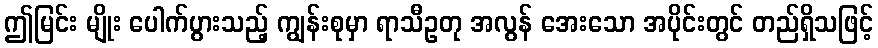
ဤမြင်း မျိုး ပေါက်ပွားသည့် ကျွန်းစုမှာ ရာသီဥတု အလွန် အေးသော အပိုင်းတွင် တည်ရှိသဖြင့်